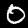
Label: 0